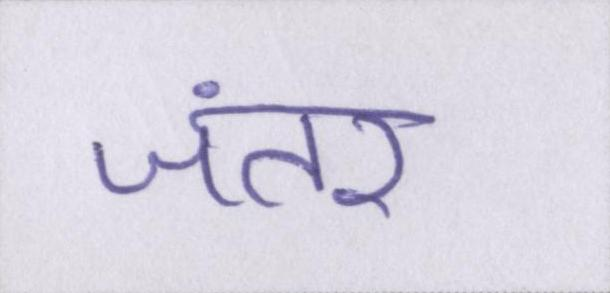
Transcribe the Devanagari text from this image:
जंतर